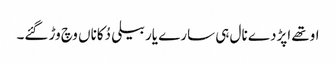
اوتھے اپڑدے نال ہی سارے یار بیلی دُکاناں وچ وڑ گئے۔